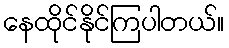
နေထိုင်နိုင်ကြပါတယ်။